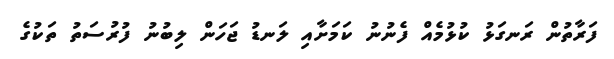
ފަރާތުން ރަނގަޅު ކުޅުމެއް ފެނުނު ކަމަށާއި ލަނޑު ޖަހަން ލިބުނު ފުރުސަތު ތަކުގެ